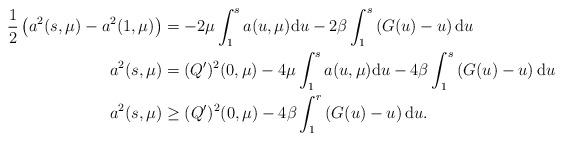
LaTeX: \begin{align*}\frac{1}{2}\left(a^2(s,\mu)-a^2(1,\mu)\right)&=-2\mu \int_1^s a(u,\mu)\mathrm{d}u-2\beta\int_1^s\left(G(u)-u\right)\mathrm{d}u \\a^2(s,\mu)&=(Q^{\prime})^2(0,\mu)-4\mu \int_1^s a(u,\mu)\mathrm{d}u-4\beta\int_1^s\left(G(u)-u\right)\mathrm{d}u \\a^2(s,\mu)&\geq(Q^{\prime})^2(0,\mu)-4\beta\int_1^{r} \left(G(u)-u\right)\mathrm{d}u.\end{align*}